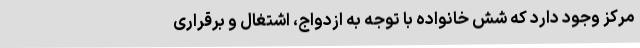
مرکز وجود دارد که شش خانواده با توجه به ازدواج، اشتغال و برقراری